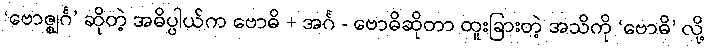
‘ဗောဇ္ဈင်္ဂ’ ဆိုတဲ့ အဓိပ္ပါယ်က ဗောဓိ + အင်္ဂ - ဗောဓိဆိုတာ ထူးခြားတဲ့ အသိကို ‘ဗောဓိ’ လို့